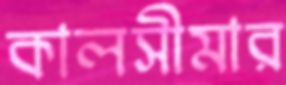
কালসীমার